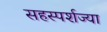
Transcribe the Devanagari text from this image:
सहस्पर्शज्या